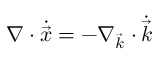
\nabla \cdot \dot { \vec { x } } = - \nabla _ { \vec { k } } \cdot \dot { \vec { k } }